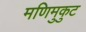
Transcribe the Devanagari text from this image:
मणिमुकुट